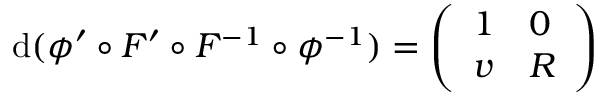
\mathrm { d } ( \phi ^ { \prime } \circ F ^ { \prime } \circ F ^ { - 1 } \circ \phi ^ { - 1 } ) = \left( \begin{array} { l l } { 1 } & { 0 } \\ { v } & { R } \end{array} \right)